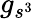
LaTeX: g_{s^{3}}